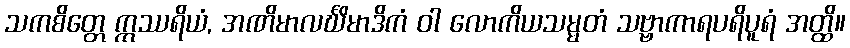
သကစိတ္တေ ဣဿရိယံ, အဏိမာလင်္ဃိမာဒိကံ ဝါ လောကိယသမ္မတံ သဗ္ဗာကာရပရိပူရံ အတ္ထိ။